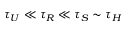
\tau _ { U } \ll \tau _ { R } \ll \tau _ { S } \sim \tau _ { H }